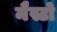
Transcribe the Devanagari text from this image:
मैस्टो